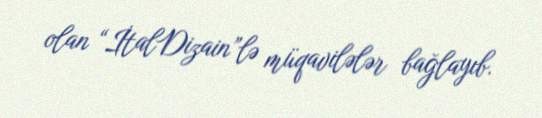
olan “İtalDizain”lə müqavilələr bağlayıb.